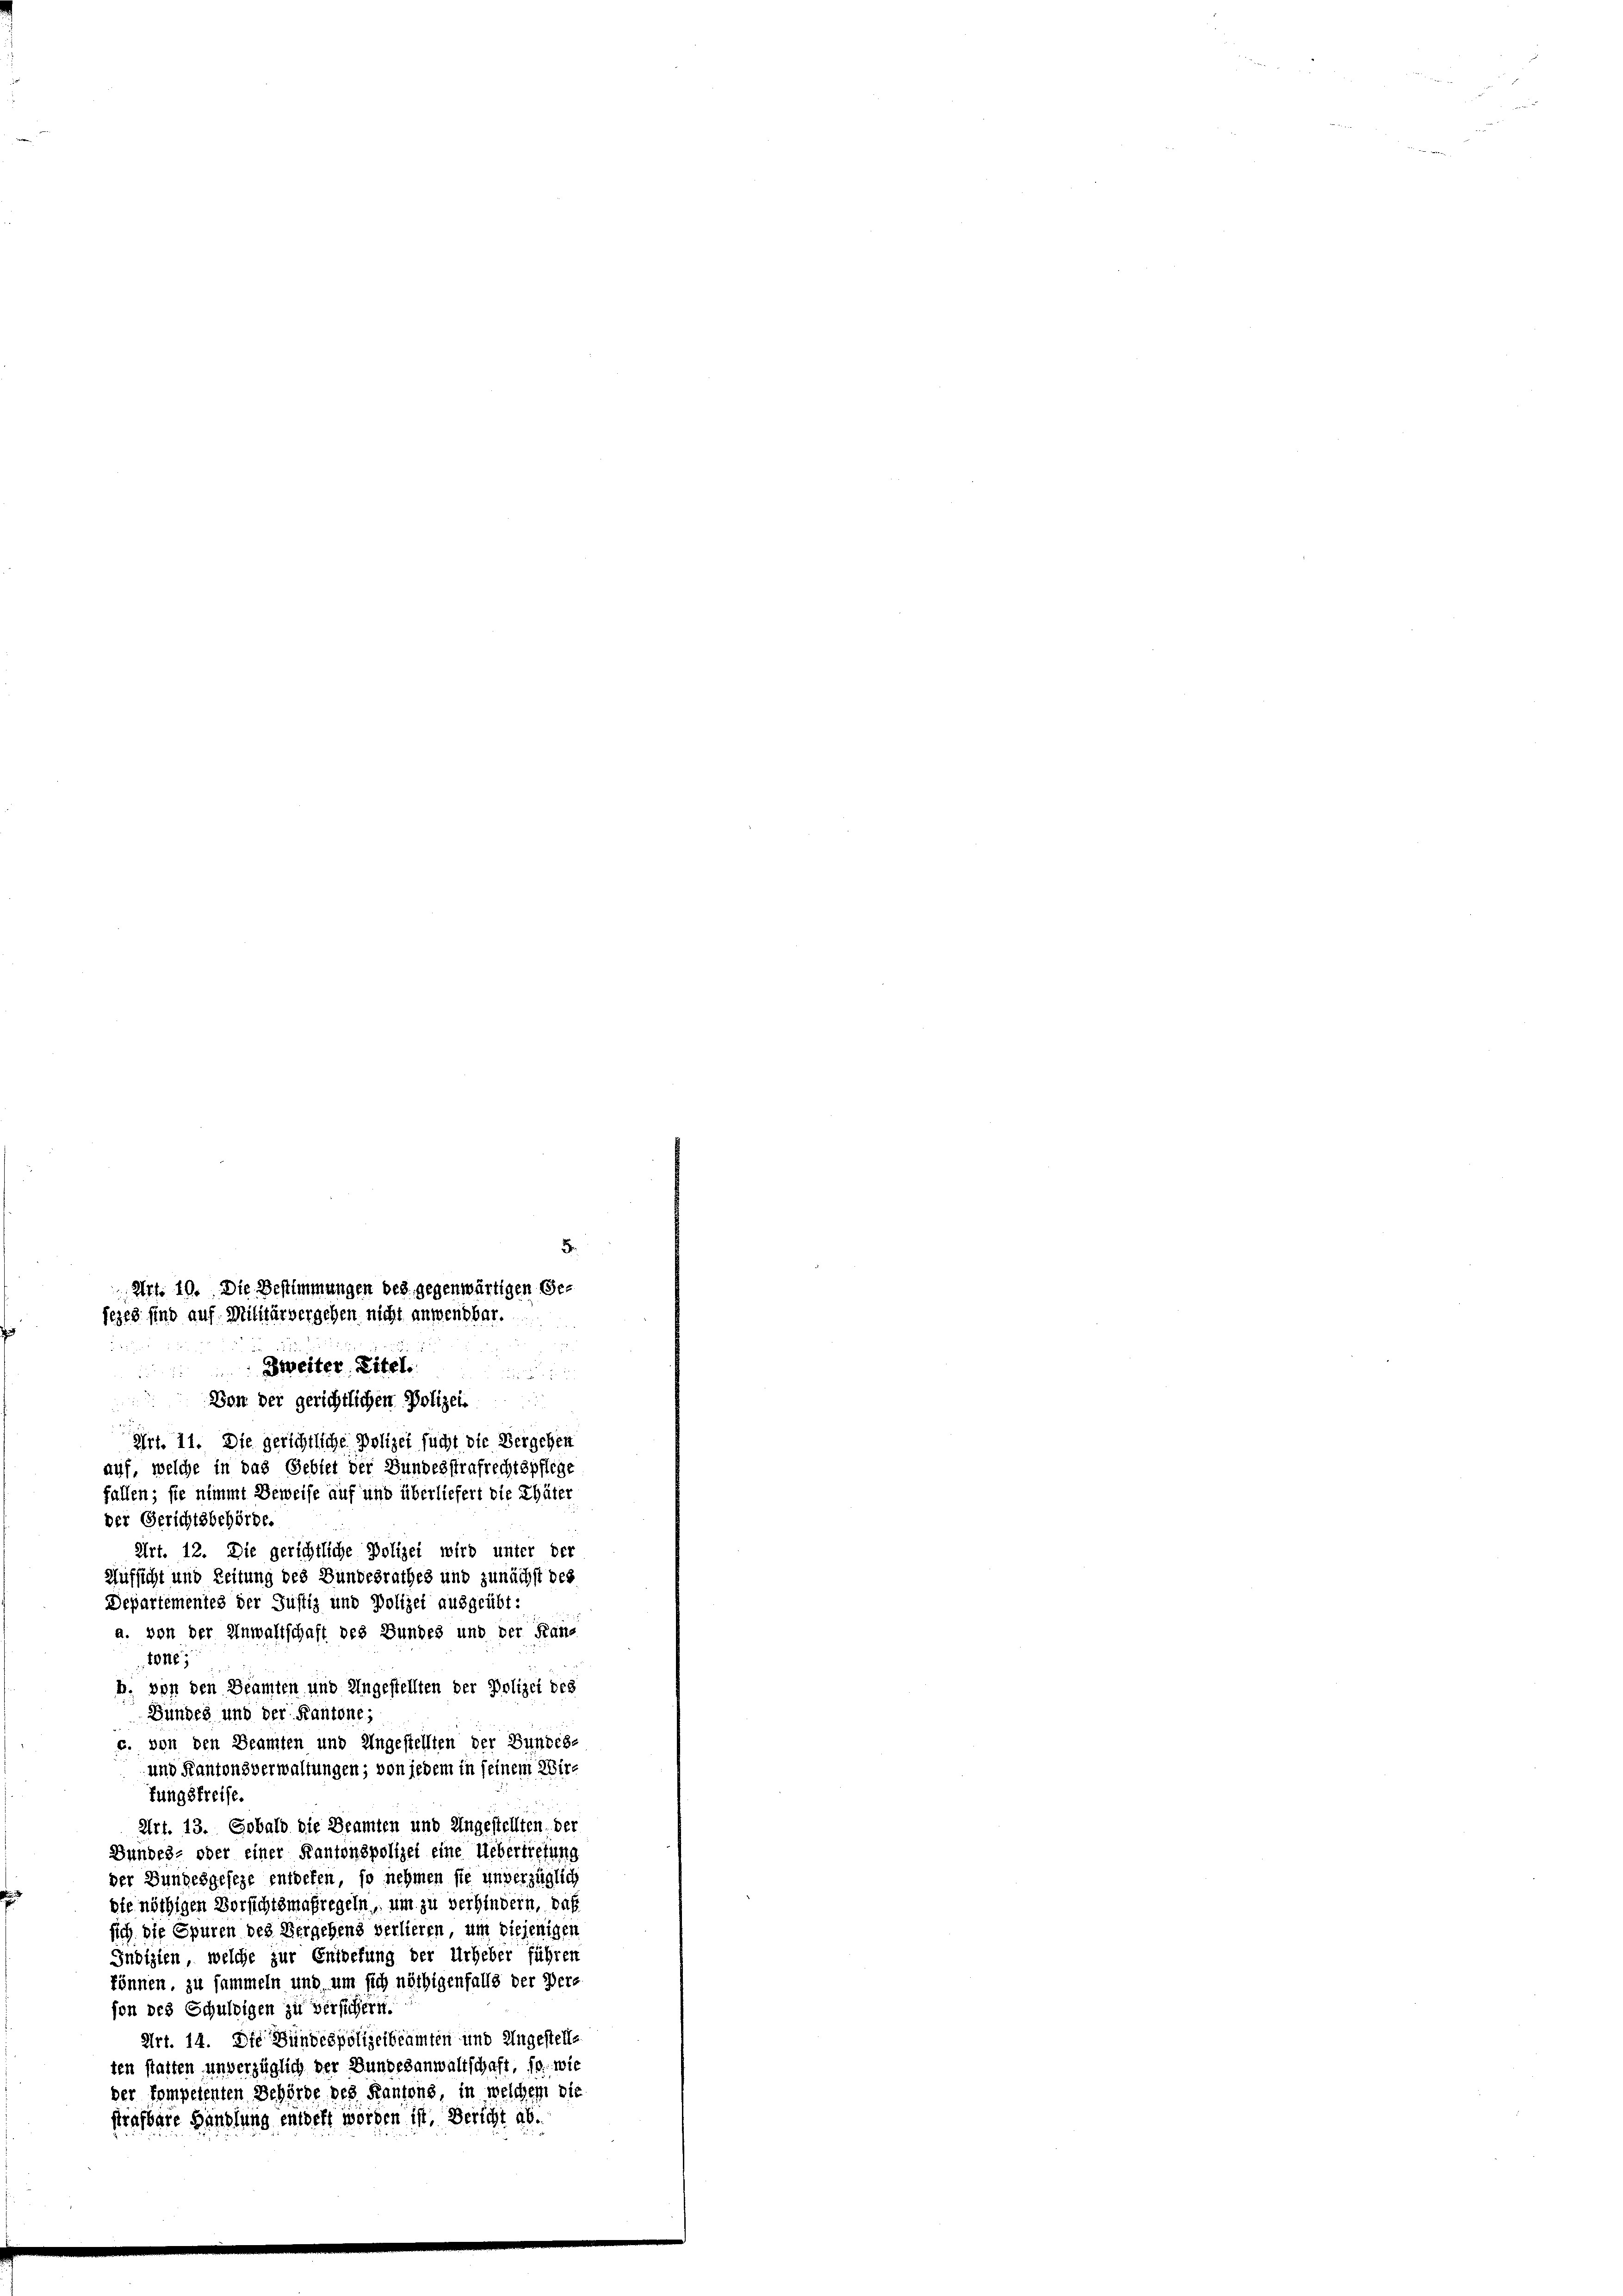
Von der gerichtlichen Polizei
Art. 11. Die gerichtliche Polizei sucht die Vergehen
auf, welche in das Gebiet der Bundesstrafrechtspflege
fallen; sie nimmt Beweise auf und überliefert die Thäter
der Gerichtsbehörde.
Art. 12. Die gerichtliche Polizei wird unter der
Aufsicht und Zeitung des Bundesrathes und zunächst des
Departementes der Justiz und Polizei ausgeübt:
a. von der Unwahrschaft des Bundes und der Kana
tone,
b. von den Beamten und Ungestellten der Polizei des
Bundes und der Kantone;
c. von den Beamten und Ungestellten der Bundes-
und Kantonsverwaltungen; von jedem in seinem Wire
fungsfreise.
Art. 13. Sobald die Beamten und Ungestellten, der
Bundes- oder einer Kantonspolizei eine Uebertretung
der Bundesgeseze entdeken, so nehmen sie unverzüglich
die nöthigen Versichtsmaßregeln, um zu verhindern, daß
sich die Spuren des Vergehens verlieren, um diejenigen
Jubizien, welche zur Entvefung der Urheber führen
können, zu sammeln und um sich nöthigenfalls der Bere
son des Schuldigen zu versichern.
Art. 14. Die Bundespolizeibeamten und Ungestelle
ten statten unverzüglich der Bundesanwaltschaft, so wie
der kompetenten Behörde des Kantons, in welchem die
strafbare Handlung entgeht worden ist, Bericht ab.

2
Art. 19. Die Bestimmungen bes. gegenwärtigen Gesezes sind auf Militärvergehen nicht anwendbar.
d
Zweiter Eitel.